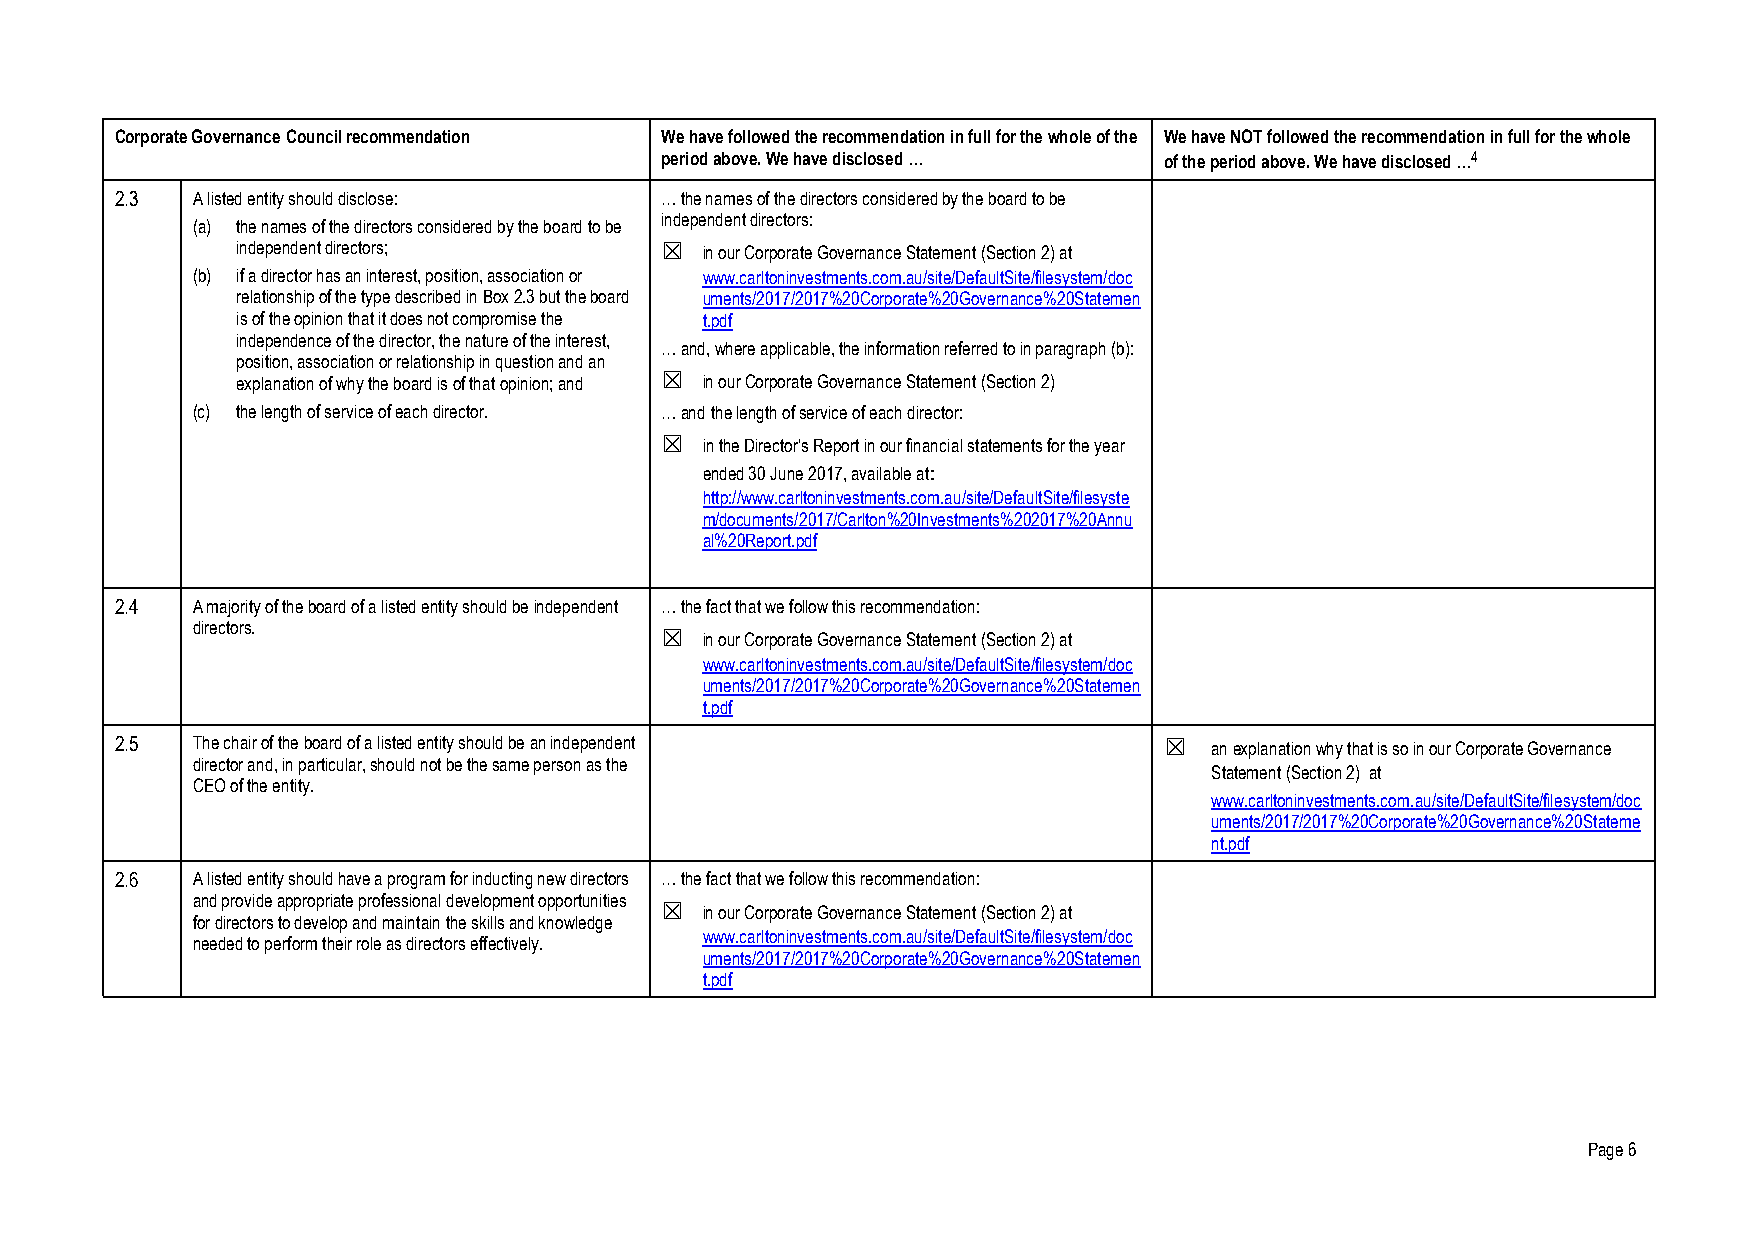
Corporate Governance Council recommendation We have followed the recommendation in full for the whole of the We have NOT followed the recommendation in full for the whole
 period above. We have disclosed … of the period above. We have disclosed …4
 2.3  A listed entity should disclose: … the names of the directors considered by the board to be
 (a) the names of the directors considered by the board to be independent directors:
 independent directors;      ☒  in our Corporate Governance Statement (Section 2) at
 (b) if a director has an interest, position, association or www.carltoninvestments.com.au/site/DefaultSite/filesystem/doc
 relationship of the type described in Box 2.3 but the board uments/2017/2017%20Corporate%20Governance%20Statemen
 is of the opinion that it does not compromise the t.pdf
 independence of the director, the nature of the interest,
 … and, where applicable, the information referred to in paragraph (b):
 position, association or relationship in question and an
 explanation of why the board is of that opinion; and ☒ in our Corporate Governance Statement (Section 2)
 (c) the length of service of each director. … and the length of service of each director:
 ☒  in the Director’s Report in our financial statements for the year
 ended 30 June 2017, available at:
 http://www.carltoninvestments.com.au/site/DefaultSite/filesyste
 m/documents/2017/Carlton%20Investments%202017%20Annu
 al%20Report.pdf
 2.4  A majority of the board of a listed entity should be independent … the fact that we follow this recommendation:
 directors.
 ☒  in our Corporate Governance Statement (Section 2) at
 www.carltoninvestments.com.au/site/DefaultSite/filesystem/doc
 uments/2017/2017%20Corporate%20Governance%20Statemen
 t.pdf
 2.5  The chair of the board of a listed entity should be an independent ☒ an explanation why that is so in our Corporate Governance
 director and, in particular, should not be the same person as the
 Statement (Section 2) at
 CEO of the entity.
 www.carltoninvestments.com.au/site/DefaultSite/filesystem/doc
 uments/2017/2017%20Corporate%20Governance%20Stateme
 nt.pdf
 2.6  A listed entity should have a program for inducting new directors … the fact that we follow this recommendation:
 and provide appropriate professional development opportunities
 ☒  in our Corporate Governance Statement (Section 2) at
 for directors to develop and maintain the skills and knowledge
 www.carltoninvestments.com.au/site/DefaultSite/filesystem/doc
 needed to perform their role as directors effectively.
 uments/2017/2017%20Corporate%20Governance%20Statemen
 t.pdf
 Page 6